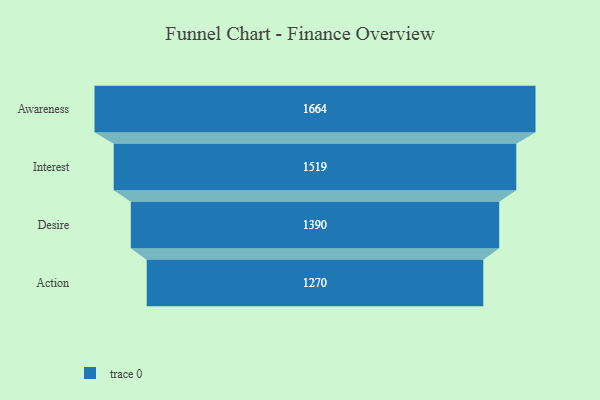
{"axis": {"x": "Stage", "y": "Value"}, "legend": [""], "data": [{"x": "Awareness", "y": 1664.0, "type": ""}, {"x": "Interest", "y": 1519.0, "type": ""}, {"x": "Desire", "y": 1390.0, "type": ""}, {"x": "Action", "y": 1270.0, "type": ""}]}